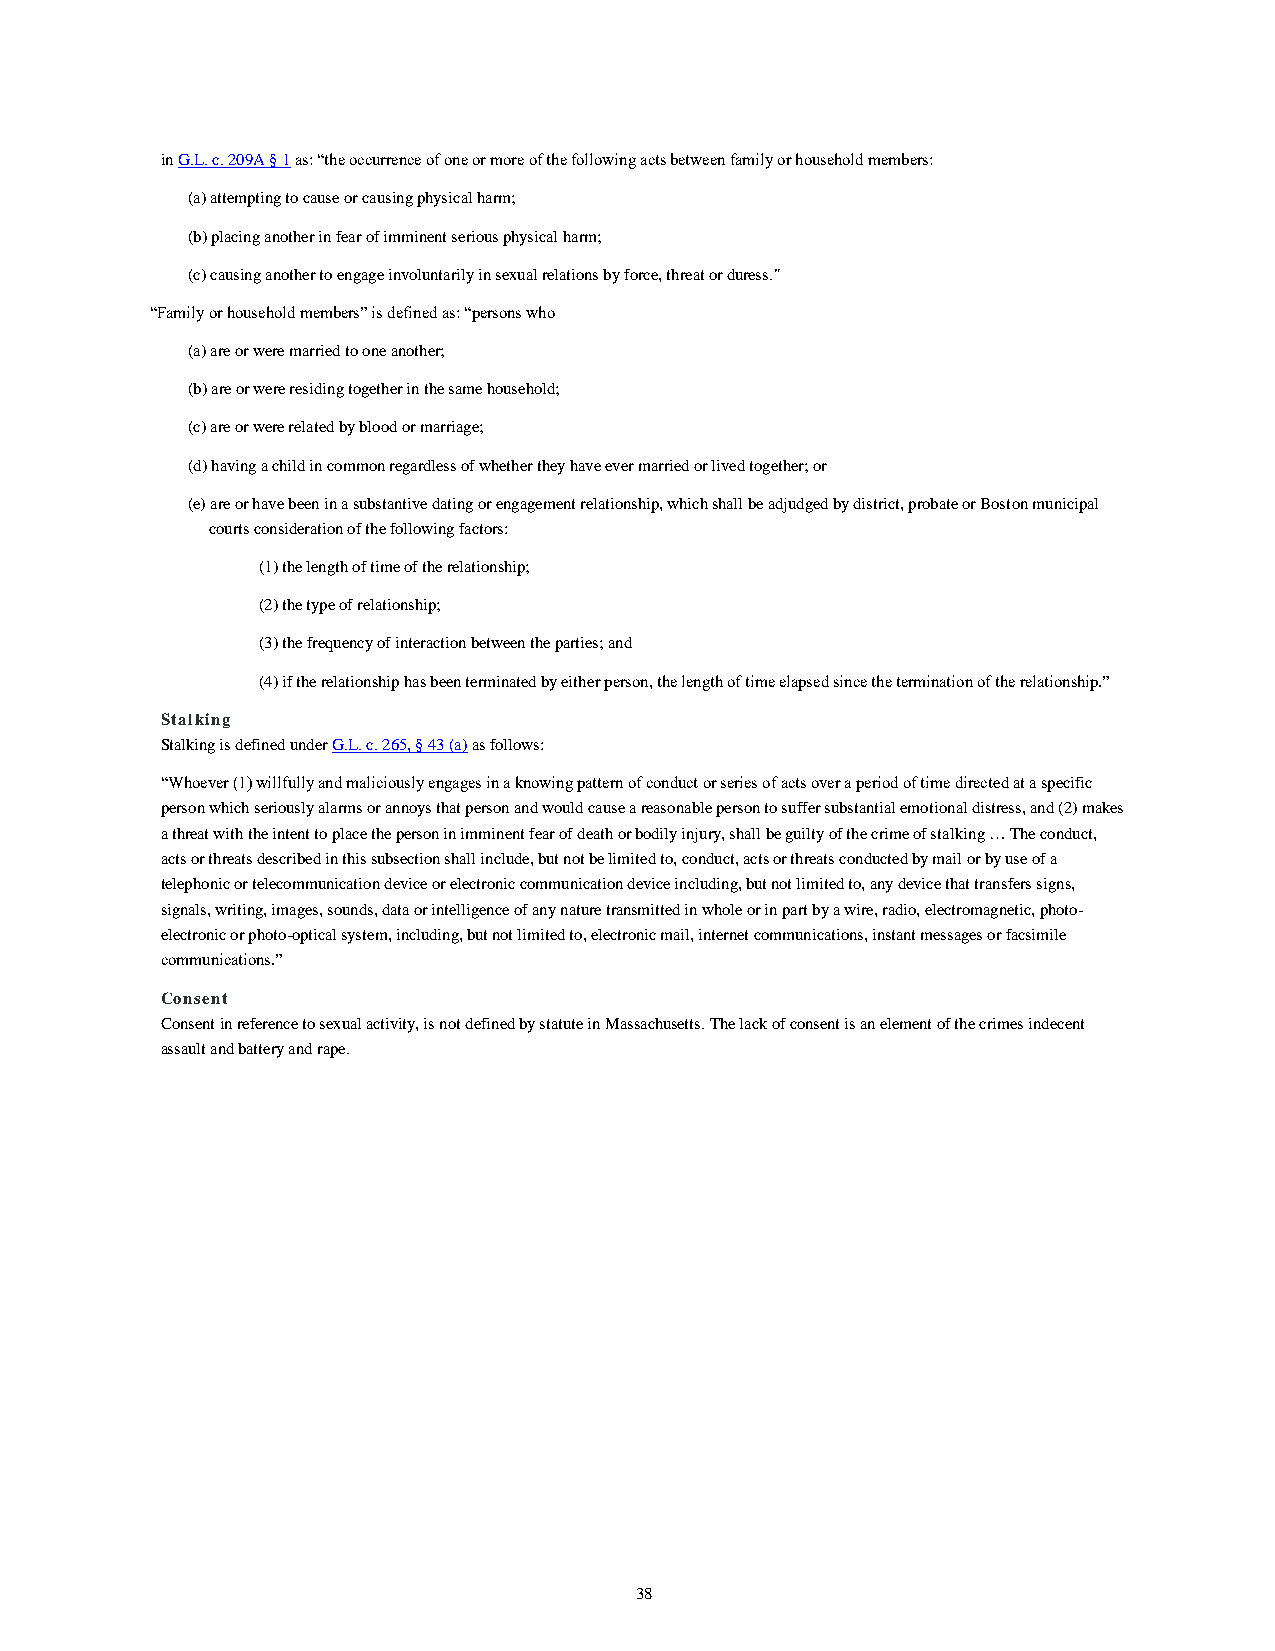
in G.L. c. 209A § 1 as: “the occurrence of one or more of the following acts between family or household members:
 (a) attempting to cause or causing physical harm;
 (b) placing another in fear of imminent serious physical harm;
 (c) causing another to engage involuntarily in sexual relations by force, threat or duress."
 “Family or household members” is defined as: “persons who
 (a) are or were married to one another;
 (b) are or were residing together in the same household;
 (c) are or were related by blood or marriage;
 (d) having a child in common regardless of whether they have ever married or lived together; or
 (e) are or have been in a substantive dating or engagement relationship, which shall be adjudged by district, probate or Boston municipal
 courts consideration of the following factors:
 (1) the length of time of the relationship;
 (2) the type of relationship;
 (3) the frequency of interaction between the parties; and
 (4) if the relationship has been terminated by either person, the length of time elapsed since the termination of the relationship.”
 Stalking
 Stalking is defined under G.L. c. 265, § 43 (a) as follows:
 “Whoever (1) willfully and maliciously engages in a knowing pattern of conduct or series of acts over a period of time directed at a specific
 person which seriously alarms or annoys that person and would cause a reasonable person to suffer substantial emotional distress, and (2) makes
 a threat with the intent to place the person in imminent fear of death or bodily injury, shall be guilty of the crime of stalking … The conduct,
 acts or threats described in this subsection shall include, but not be limited to, conduct, acts or threats conducted by mail or by use of a
 telephonic or telecommunication device or electronic communication device including, but not limited to, any device that transfers signs,
 signals, writing, images, sounds, data or intelligence of any nature transmitted in whole or in part by a wire, radio, electromagnetic, photo-
 electronic or photo-optical system, including, but not limited to, electronic mail, internet communications, instant messages or facsimile
 communications.”
 Consent
 Consent in reference to sexual activity, is not defined by statute in Massachusetts. The lack of consent is an element of the crimes indecent
 assault and battery and rape.
 38